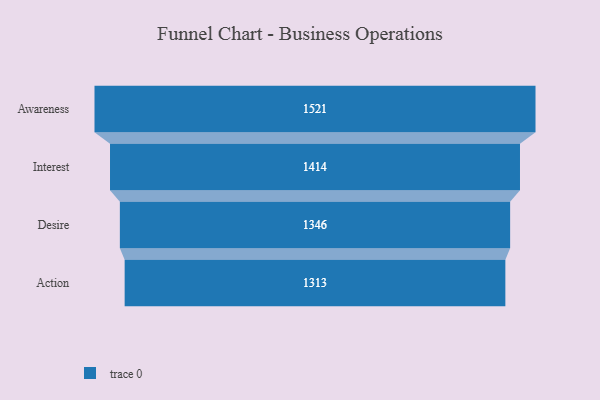
{"axis": {"x": "Stage", "y": "Value"}, "legend": [""], "data": [{"x": "Awareness", "y": 1521.0, "type": ""}, {"x": "Interest", "y": 1414.0, "type": ""}, {"x": "Desire", "y": 1346.0, "type": ""}, {"x": "Action", "y": 1313.0, "type": ""}]}